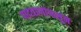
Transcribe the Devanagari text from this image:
पादत्राणांपासून